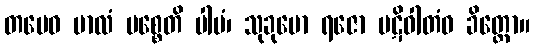
တမေဝ ဗာလံ ပစ္စေတိ ပါပံ၊ သုခုမော ရဇော ပဋိဝါတံဝ ခိတ္တော။